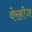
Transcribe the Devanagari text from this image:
वेरहीज